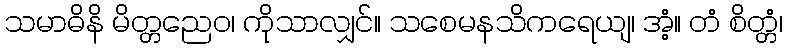
သမာဓိနိ မိတ္တညေဝ၊ ကိုသာလျှင်။ သစေမနသိကရေယျ၊ အံ့။ တံ စိတ္တံ၊